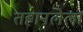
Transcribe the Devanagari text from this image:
तहानलेला